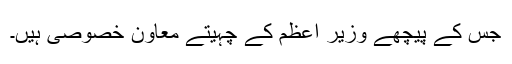
جس کے پیچھے وزیر اعظم کے چہیتے معاون خصوصی ہیں۔